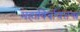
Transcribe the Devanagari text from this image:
महाविर्वाणतन्त्र